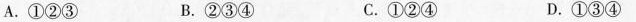
A.①②③ B.②③④ C.①②④ D.①③④